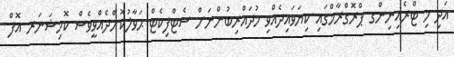
އަދި މި ޓްރެއިނިންގ ޕްރޮގްރާމްގައި ކިޔަވައިދެއްވި މުދައްރިބުންނަށް ސެޓްފިކެޓް ޙަވާލުކޮށްދެއްވީވެސް ކޮމިޝަނަރ އޮފް